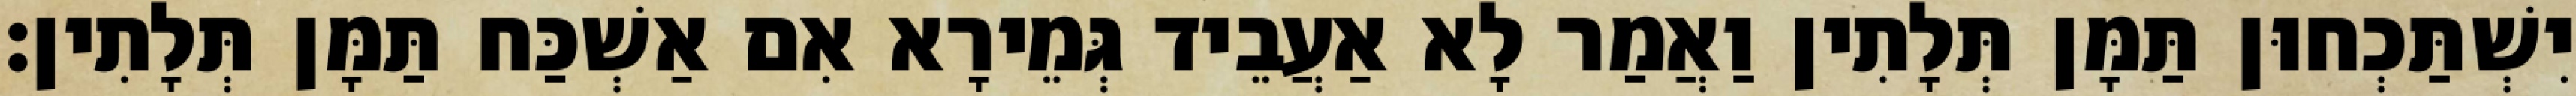
יִשְׁתַּכְחוּן תַּמָּן תְּלָתִין וַאֲמַר לָא אַעֲבֵיד גְּמֵירָא אִם אַשְׁכַּח תַּמָּן תְּלָתִין׃